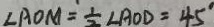
\angle A O M = \frac { 1 } { 2 } \angle A O D = 4 5 ^ { \circ }